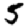
Digit: 5